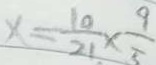
x = \frac { 1 0 } { 2 1 } \times \frac { 9 } { 5 }